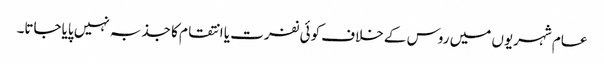
عام شہریوں میں روس کے خلاف کوئی نفرت یا انتقام کا جذبہ نہیں پایاجاتا۔